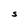
Character: S